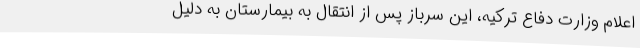
اعلام وزارت دفاع ترکیه، این سرباز پس از انتقال به بیمارستان به دلیل